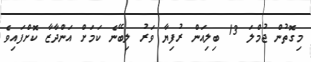
މިގޮތުން ޖުމްލަ 13 ބިލިއަން ރުފިޔާ ވަރު ލިބޭނެ ކަމަށް އަންދާޒާ ކޮށްފައިވެ